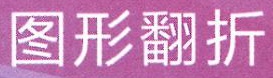
图形翻折